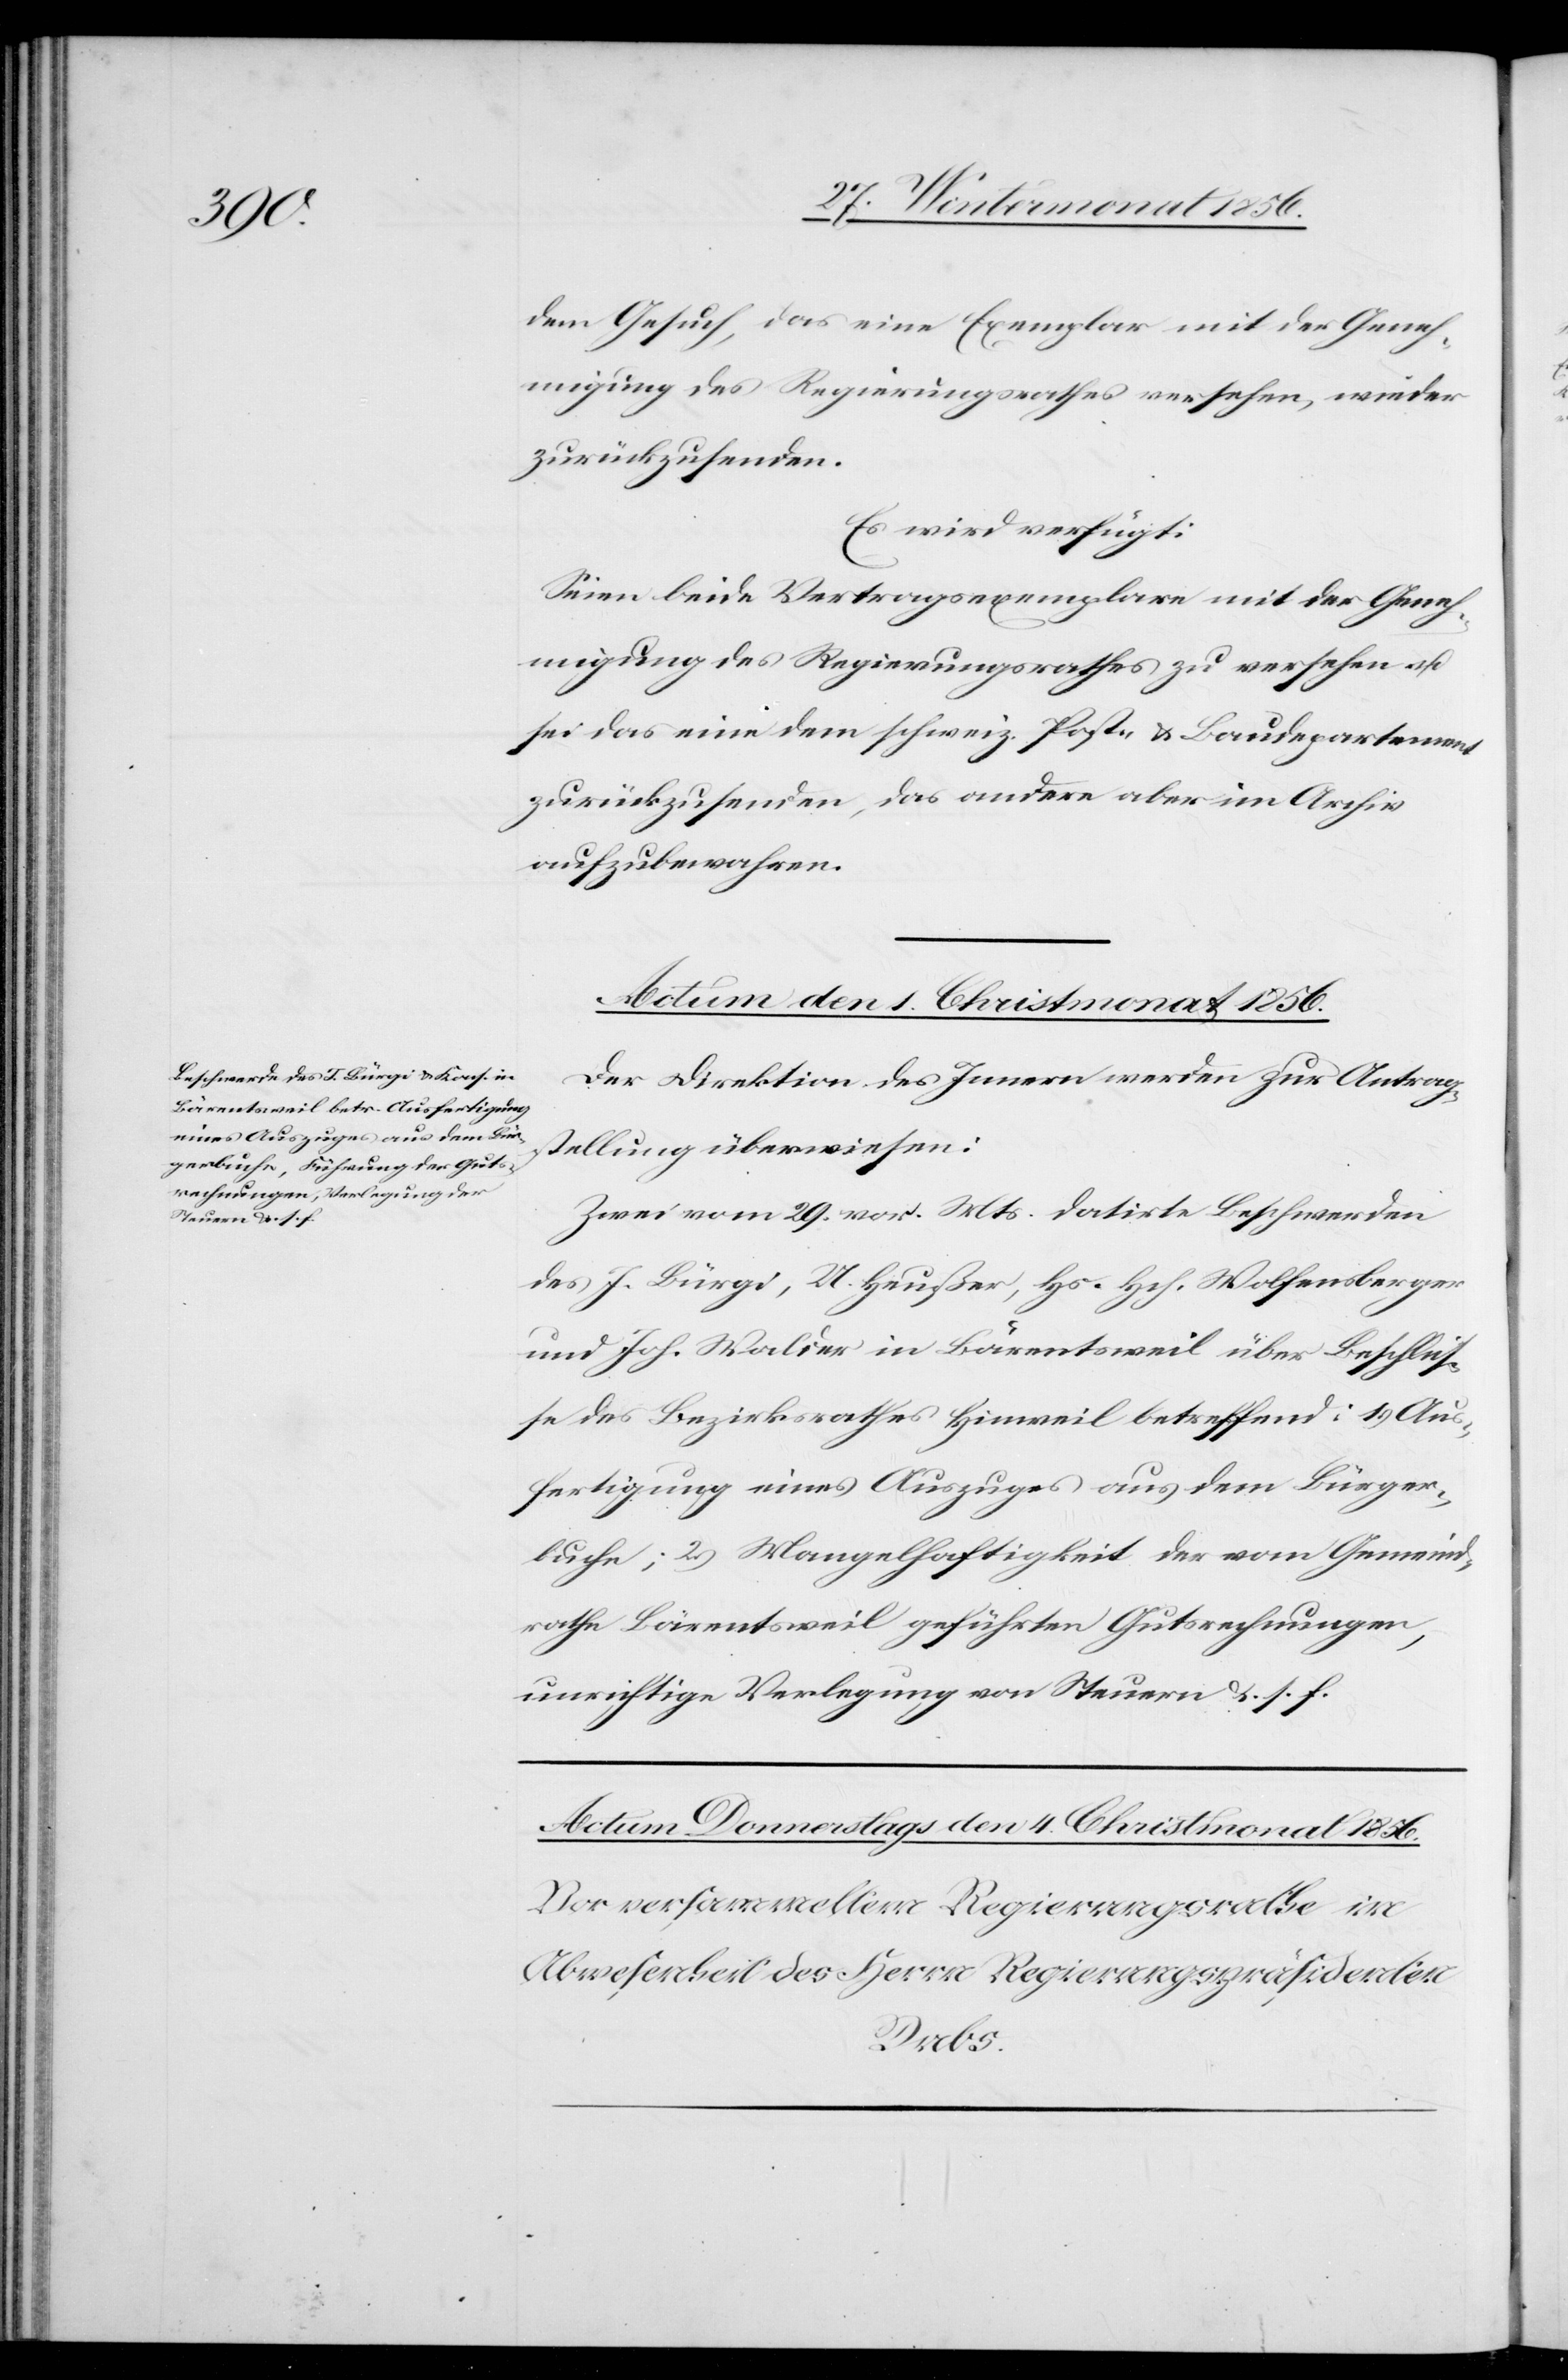
dem Gesuch, das eine Exemplar mit der Geneh¬
migung des Regierungsrathes versehen, wieder
zurückzusenden.
Es wird verfügt:
Seien beide Vertragsexemplare mit der Geneh¬
migung des Regierungsrathes zu versehen u.
sei das eine dem schweiz. Post- u. Baudepartement
zurückzusenden, das andere aber im Archiv
aufzubewahren.
Actum den 1. Christmonat 1856.
Der Direktion des Innern werden zur Antrag¬
stellung überwiesen:
Zwei vom 29. vor. Mts. datirte Beschwerden
des J. Bürgi, U. Heußer, Hs. Hch. Wolfensberger
und Joh. Walder in Bärentsweil über Beschlüs¬
se des Bezirksrathes Hinweil betreffend: 1.) Aus¬
fertigung eines Auszuges aus dem Bürger¬
buche; 2.) Mangelhaftigkeit der vom Gemeind¬
rathe Bärentsweil geführten Gutsrechnungen,
unrichtige Verlegung von Steuern &. s. f.